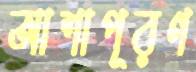
আশাপূরণ